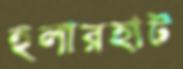
হুলারহাট